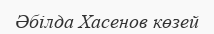
Әбілда Хасенов көзей